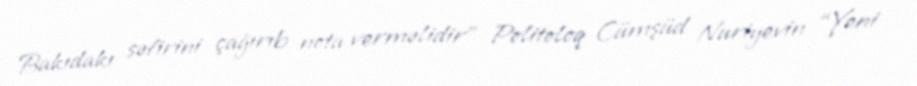
Bakıdakı səfirini çağırıb nota verməlidir” Politoloq Cümşüd Nuriyevin “Yeni